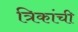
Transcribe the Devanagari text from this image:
त्रिकांची